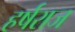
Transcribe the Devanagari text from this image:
हर्षराज